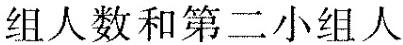
组人数和第二小组人